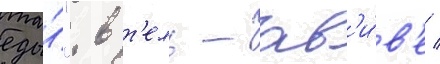
еды́". в т'ель-ав'и́в'е /